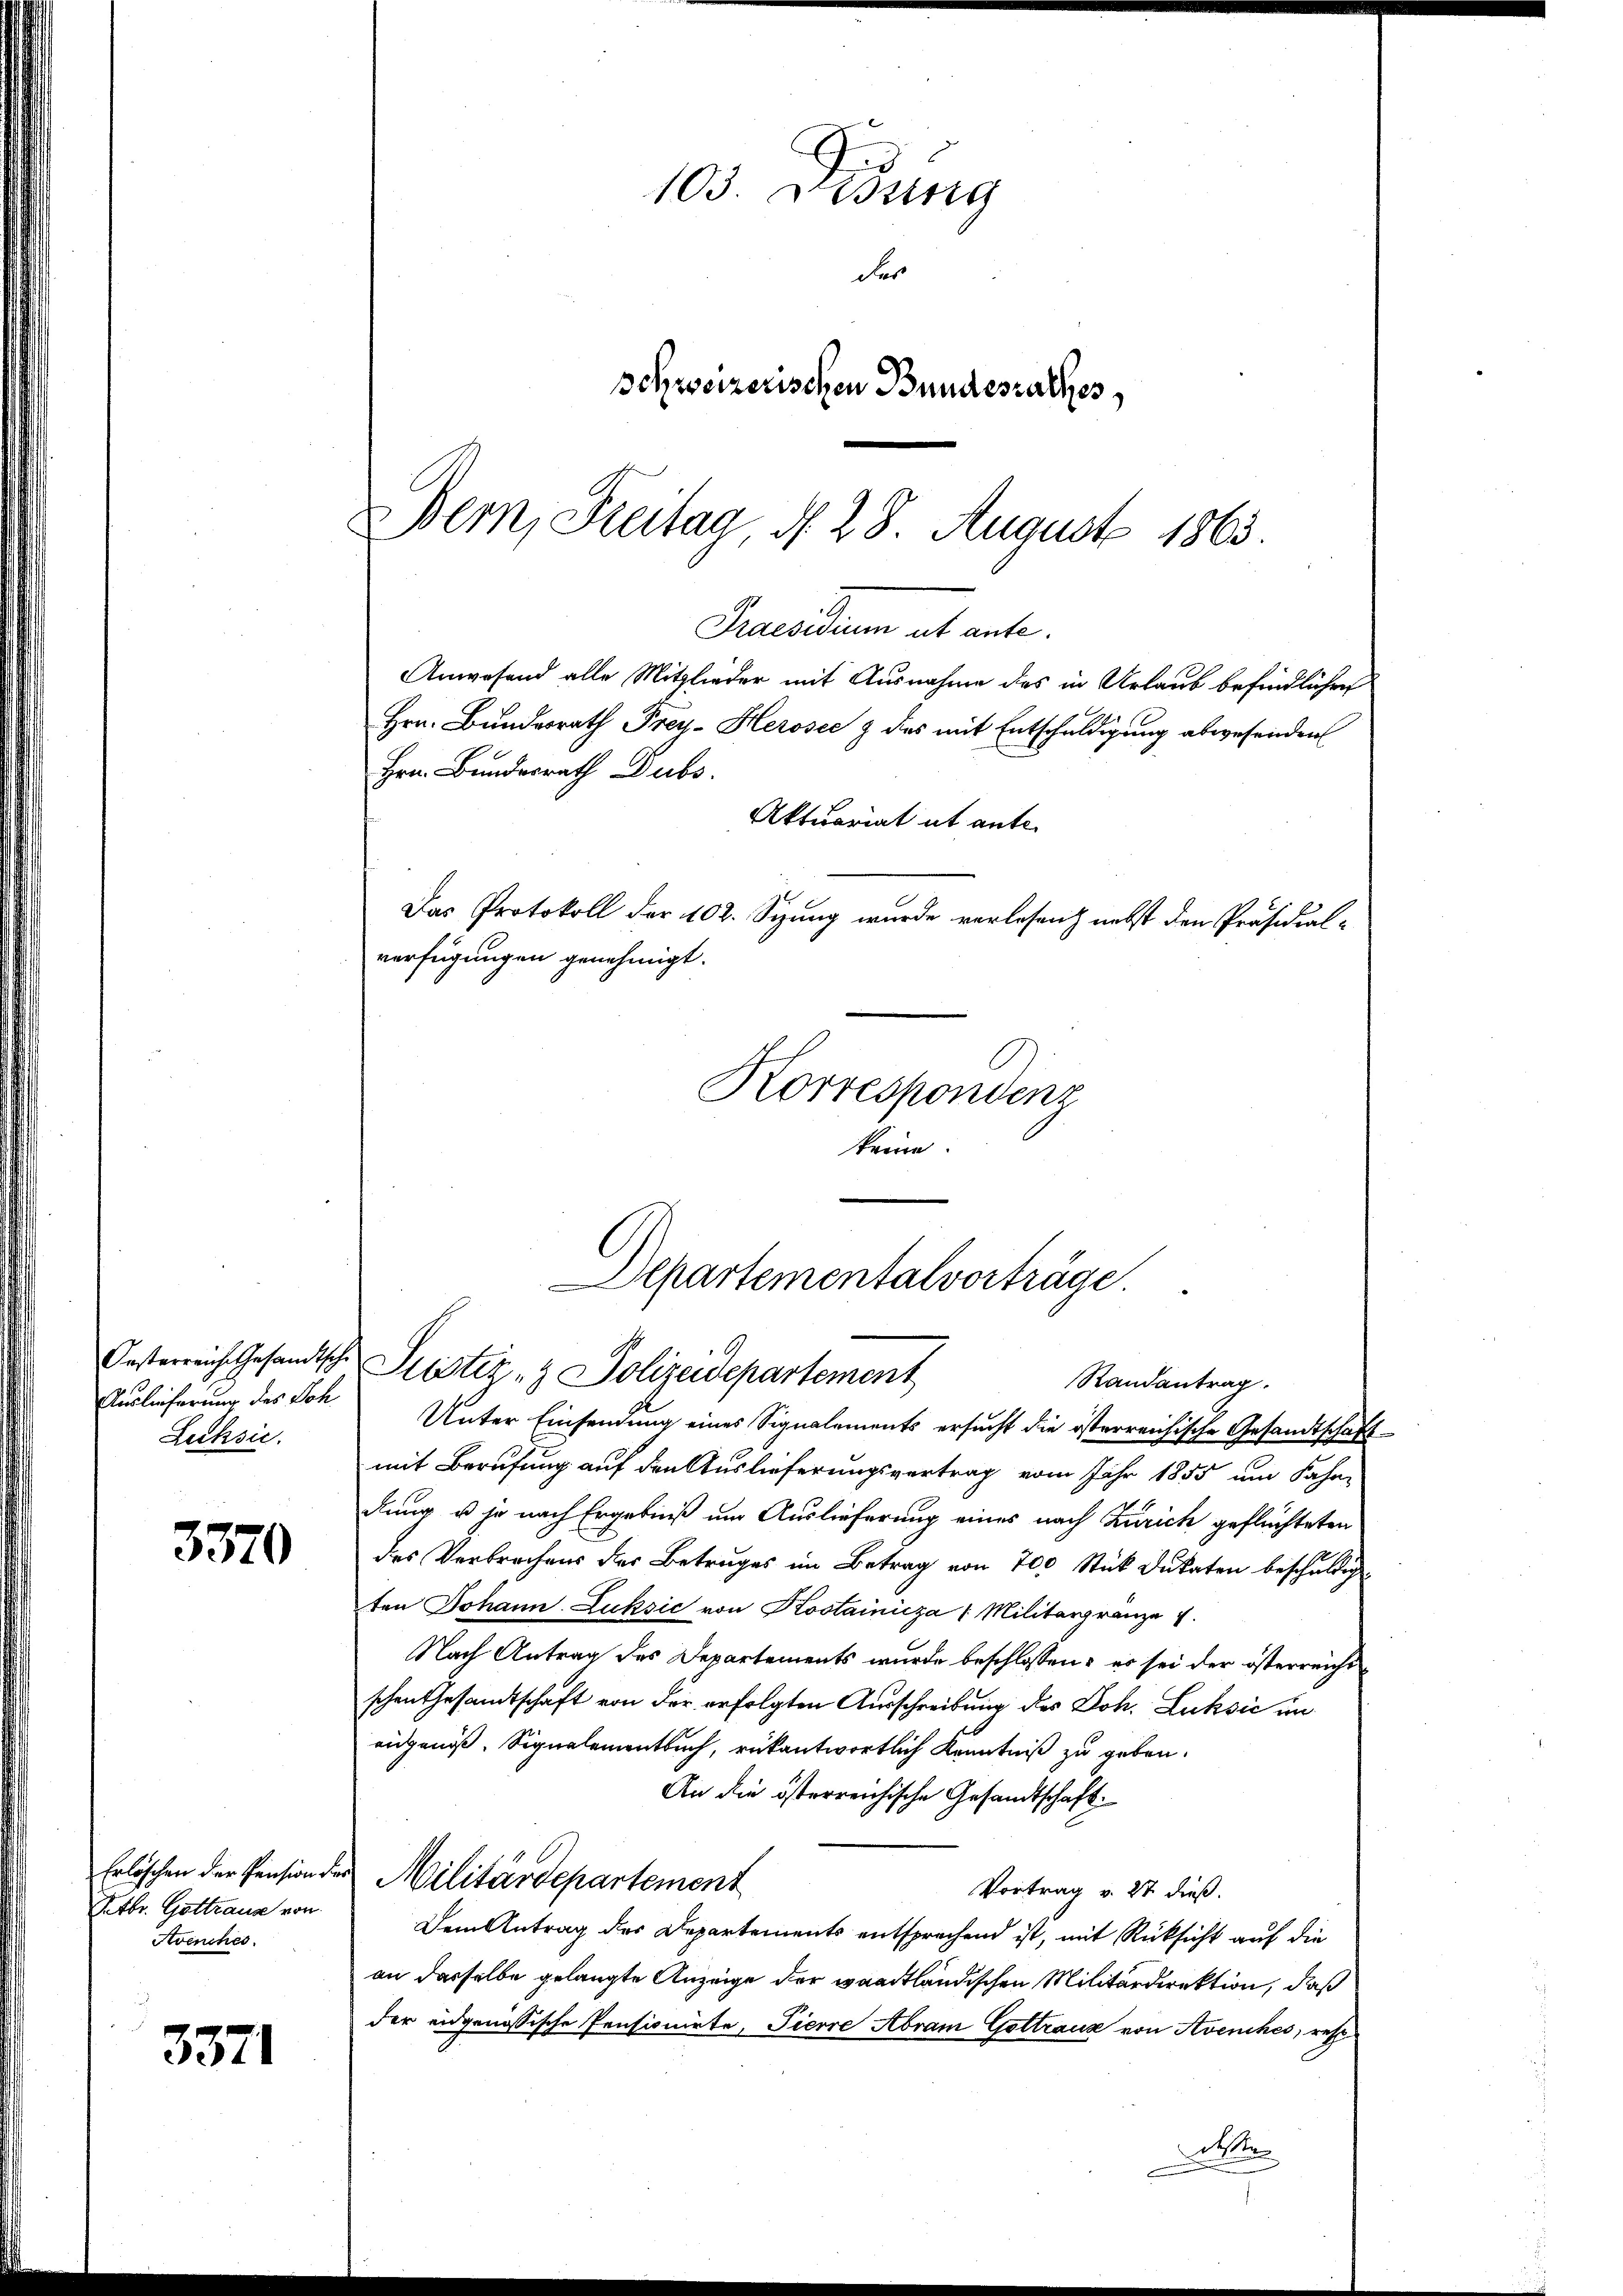
Auslieferung des Joh.
Lecksic

3370

Erlöschen der Pension der
Octbr. Gottraus von
Avenches

3371

103. Lesung
des
schweizerischen Bundesrathes,

Bern, Reitag d. 28. August 1863.
Praesidium ut ante.

Anwesend alle Mitglieder mit Ausnahme des in Urlaub befindlicher
Hrn. Bundesrath Frey-Herosec & des mit Entschuldigung abwesenden
Hrn. Bundesrath Dubs.
Aktuariat it ante
Das Protokoll der 102. Sizung wurde verlesen nebst den Präsidial-
verfügungen genehmigt.
Korrespondent
keine.

Departementalvorträge.
Oesterreiche Gesandtsche Justiz- & Polizeidepartement
Randantrag.

Unter Einsendung eines Signalements ersucht die österreichische Gesandtschaft
mit Berufung auf den Auslieferungsvertrag vom Jahr 1855 um Fahr-
dung u je nach Ergebniß um Auslieferung eines nach Zürich geflüchteten
des Verbrechens der Betruges im Betrag von 700 Stück Dukaten beschuldig
ten Johann Luksić von Kostainicza Militärgränze
Nach Antrag des Departements wurde beschlossen: es sei der österreichs
schen Gesandtschaft von der erfolgten Ausschreibung des Joh. Luksić un
augenoß. Signalementbuch, rükantwortlich Kenntniß zu geben.
An die österreichische Gesandtschaft
Militärdepartement
Vortrag v. 27 dieß.
Dem Antrag des Departements entsprechend ist, mit Rücksicht auf die
an dasselbe gelangte Anzeige der waadtländischen Militärdirektion, daß
der eidgenössische Pensionirte, Tierre Abram Gottraus von Avenches, rest
Wetten